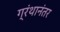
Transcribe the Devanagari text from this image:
ग्रंथानंतर